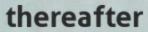
thereafter